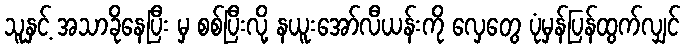
သူနှင့် အသာခိုနေပြီး မှ စစ်ပြီးလို့ နယူးအော်လီယန်းကို လှေတွေ ပုံမှန်ပြန်ထွက်လျှင်